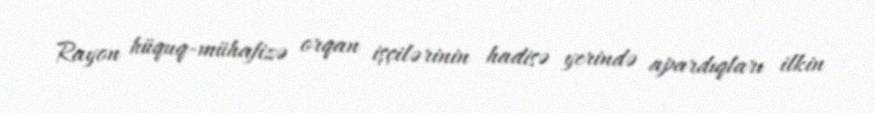
Rayon hüquq-mühafizə orqan işçilərinin hadisə yerində apardıqları ilkin